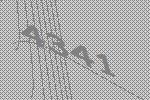
4341